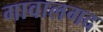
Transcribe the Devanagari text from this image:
गावालगद